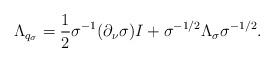
LaTeX: \begin{align*}\Lambda_{q_\sigma}=\frac{1}{2}\sigma^{-1} (\partial _\nu \sigma) I + \sigma^{-1/2} \Lambda_\sigma \sigma^{-1/2}.\end{align*}